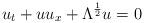
LaTeX: \begin{align*}u_t+uu_x+\Lambda^{\frac{1}{2}}u=0\end{align*}